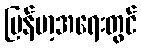
မြန်မာ့အရေးတွင်